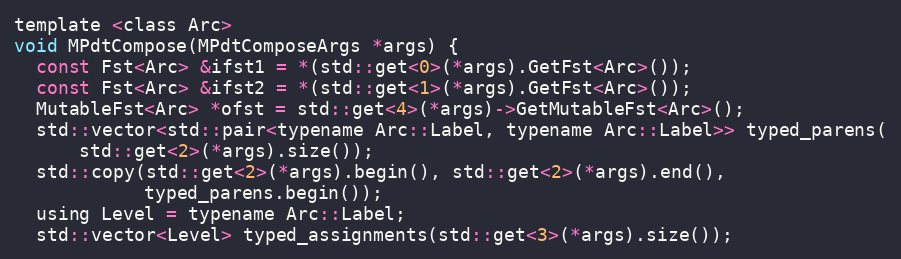
Language: C
template <class Arc>
void MPdtCompose(MPdtComposeArgs *args) {
  const Fst<Arc> &ifst1 = *(std::get<0>(*args).GetFst<Arc>());
  const Fst<Arc> &ifst2 = *(std::get<1>(*args).GetFst<Arc>());
  MutableFst<Arc> *ofst = std::get<4>(*args)->GetMutableFst<Arc>();
  std::vector<std::pair<typename Arc::Label, typename Arc::Label>> typed_parens(
      std::get<2>(*args).size());
  std::copy(std::get<2>(*args).begin(), std::get<2>(*args).end(),
            typed_parens.begin());
  using Level = typename Arc::Label;
  std::vector<Level> typed_assignments(std::get<3>(*args).size());